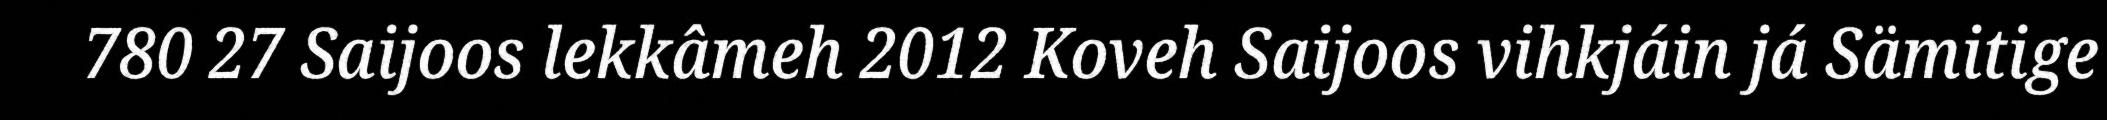
780 27 Saijoos lekkâmeh 2012 Koveh Saijoos vihkjáin já Sämitige